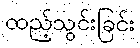
ထည့်သွင်းခြင်း